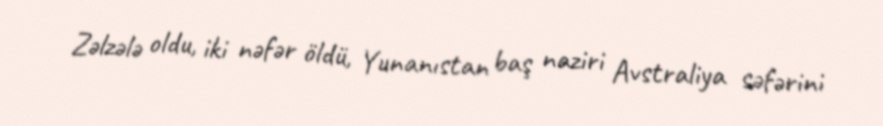
Zəlzələ oldu, iki nəfər öldü, Yunanıstan baş naziri Avstraliya səfərini